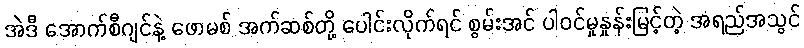
အဲဒီ အောက်စီဂျင်နဲ့ ဖောမစ် အက်ဆစ်တို့ ပေါင်းလိုက်ရင် စွမ်းအင် ပါဝင်မှုနှုန်းမြင့်တဲ့ အရည်အသွင်